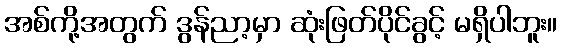
အစ်ကို့အတွက် ဒွန်ညာ့မှာ ဆုံးဖြတ်ပိုင်ခွင့် မရှိပါဘူး။